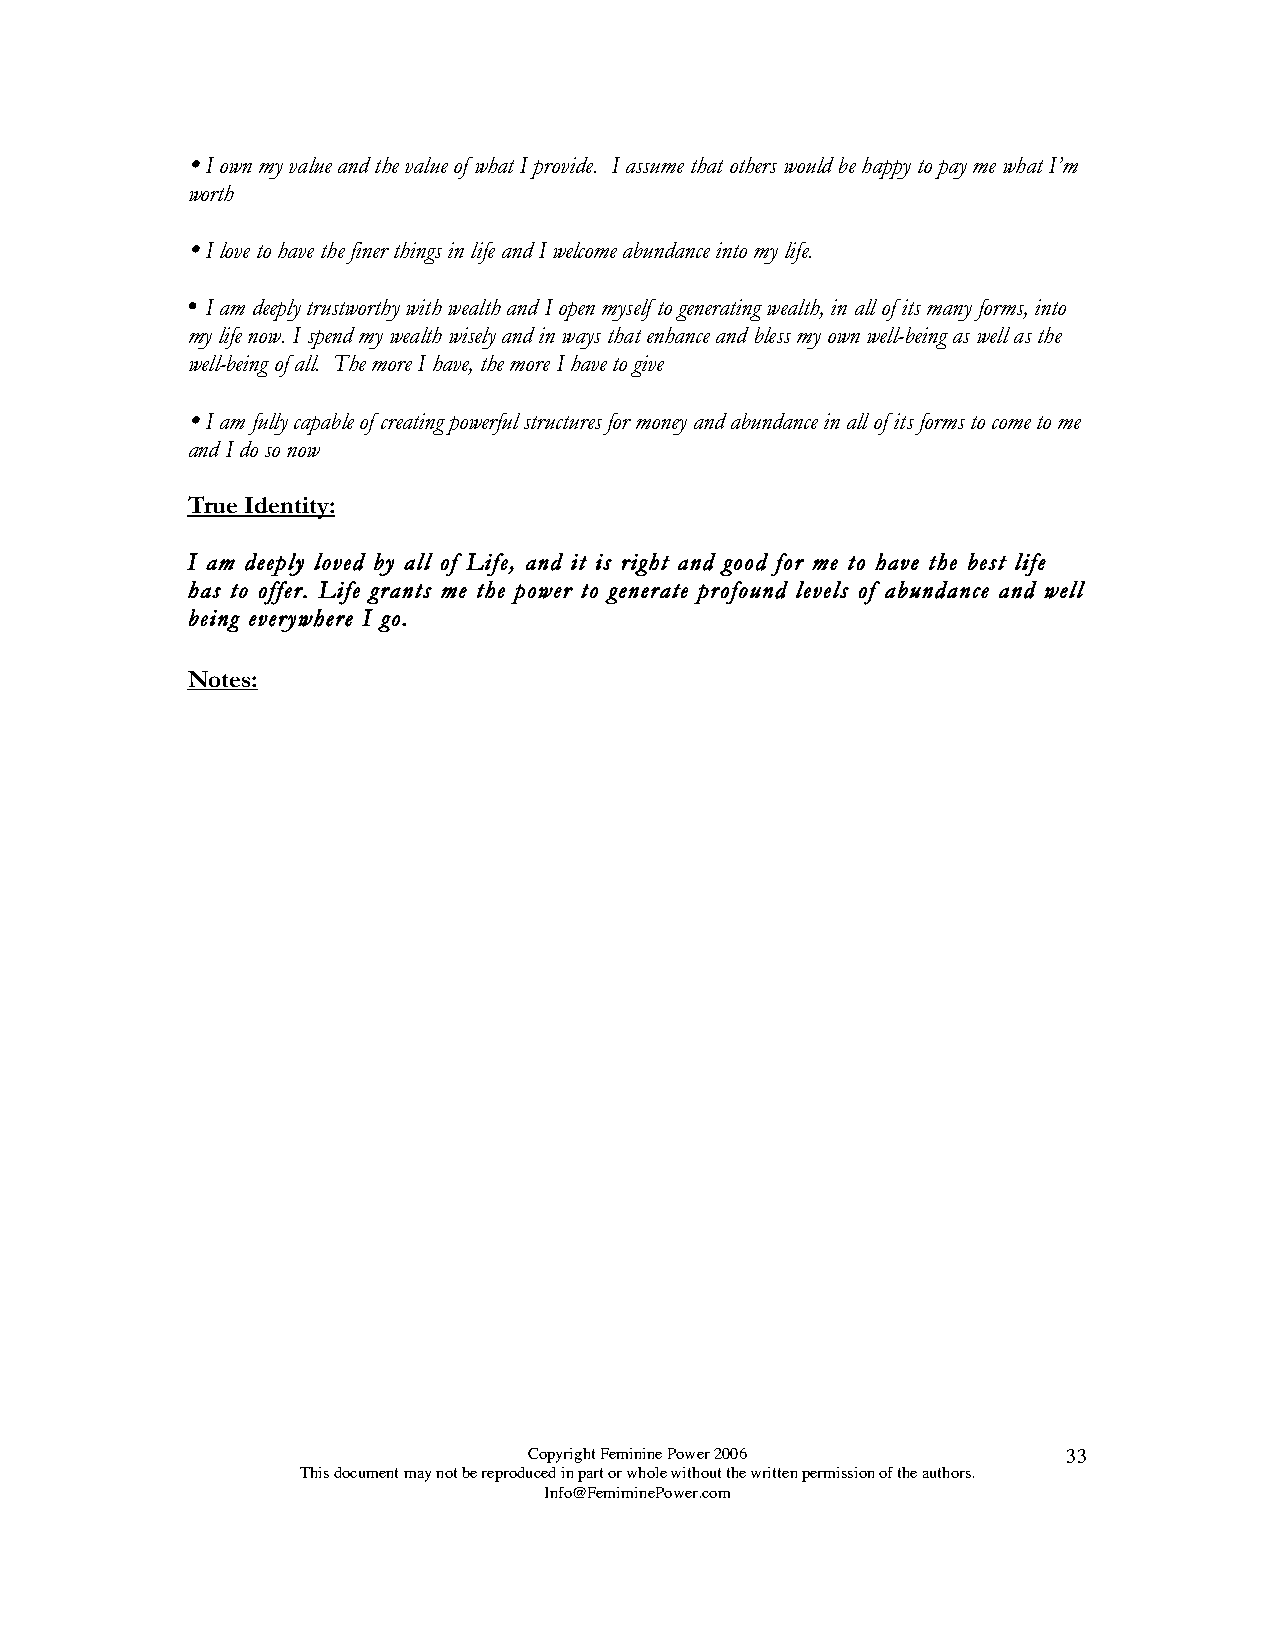

 I own my value and the value of what I provide. I assume that others would be happy to pay me what I’m
 worth
 
 I love to have the finer things in life and I welcome abundance into my life.
 
 I am deeply trustworthy with wealth and I open myself to generating wealth, in all of its many forms, into
 my life now. I spend my wealth wisely and in ways that enhance and bless my own well-being as well as the
 well-being of all. The more I have, the more I have to give
 
 I am fully capable of creating powerful structures for money and abundance in all of its forms to come to me
 and I do so now
 True Identity:
 I am deeply loved by all of Life, and it is right and good for me to have the best life
 has to offer. Life grants me the power to generate profound levels of abundance and well
 being everywhere I go.
 Notes:
 Copyright Feminine Power 2006       33
 This document may not be reproduced in part or whole without the written permission of the authors.
 Info@FemiminePower.com